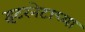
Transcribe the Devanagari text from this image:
इंटरनेटाच्या